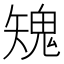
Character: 𩲶